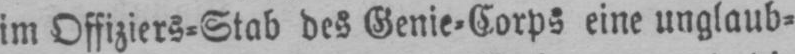
im Offiziers⸗Stab des Genie⸗Corps eine unglaub⸗